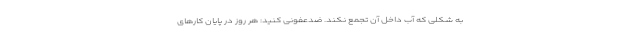
به شکلی که آب داخل آن تجمع نکند. ضدعفونی کنید: هر روز در پایان کارهای